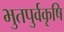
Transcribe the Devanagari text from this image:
भुतपुर्वकृषि